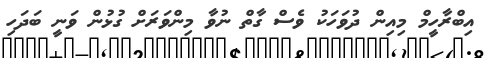
އިބްރާހީމް މިއިން ދުވަހަކު ވެސް ގާތް ނުވާ މިންވަރަށް ގުޅުން ވަނީ ބަދަހި